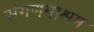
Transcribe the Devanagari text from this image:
संगणनाश्रम